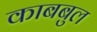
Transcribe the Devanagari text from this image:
काबबुल